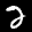
Label: 2